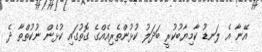
އޭނާ އެ ލަނޑު ކާމިޔާބުކުރީ ބަދަލު ކުޅުންތެރިއެއްގެ ގޮތުގައި ކުޅެން ނުކުތްތާ ދެ